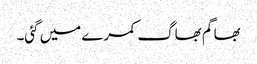
بھاگم بھاگ کمرے میں گئی۔